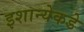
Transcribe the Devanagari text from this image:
इशान्येकडे